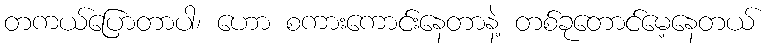
တကယ်ပြောတာပါ၊ ဟော စကားကောင်းနေတာနဲ့ တစ်ခုတောင်မေ့နေတယ်